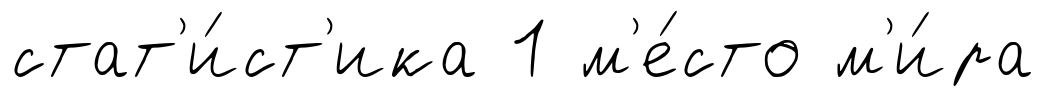
стат'и́ст'ика 1 м'е́сто м'и́ра